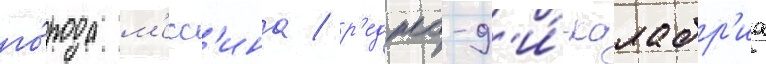
го́рода м'есс'ина / р'еджо-д'и́-калабр'иа